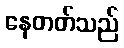
နေတတ်သည်